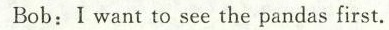
Bob:I want to see the pandas first.